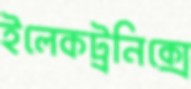
ইলেকট্রনিক্সে